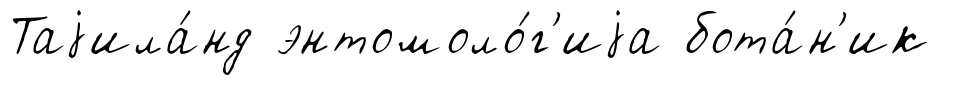
Таjила́нд энтомоло́г'иjа бота́н'ик